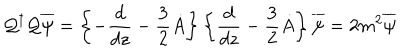
{ \cal { Q } } ^ { \dagger } { \cal { Q } } \overline { { { \psi } } } = \left\{ - \frac { d } { d z } - \frac { 3 } { 2 } \dot { A } \right\} \left\{ \frac { d } { d z } - \frac { 3 } { 2 } \dot { A } \right\} \overline { { { \psi } } } = 2 m ^ { 2 } \overline { { { \psi } } }